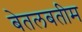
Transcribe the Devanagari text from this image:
बेतलबतीम